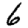
Digit: 6